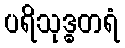
ပရိသုဒ္ဓတရံ